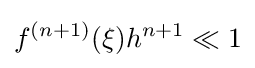
f^{(n+1)}(\xi )h^{n+1}\ll 1